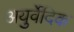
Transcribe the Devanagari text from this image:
अयुर्वेदिक